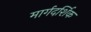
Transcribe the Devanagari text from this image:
मार्गदर्शिक